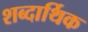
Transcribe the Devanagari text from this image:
शब्दार्थिक